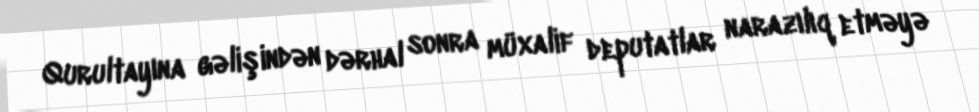
Qurultayına gəlişindən dərhal sonra müxalif deputatlar narazılıq etməyə